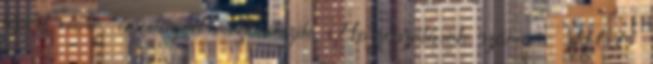
lépést előre, a világod megváltozik. Hozzászólások száma : 9168